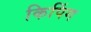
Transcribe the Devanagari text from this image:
किपिंग